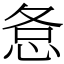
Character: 㤩